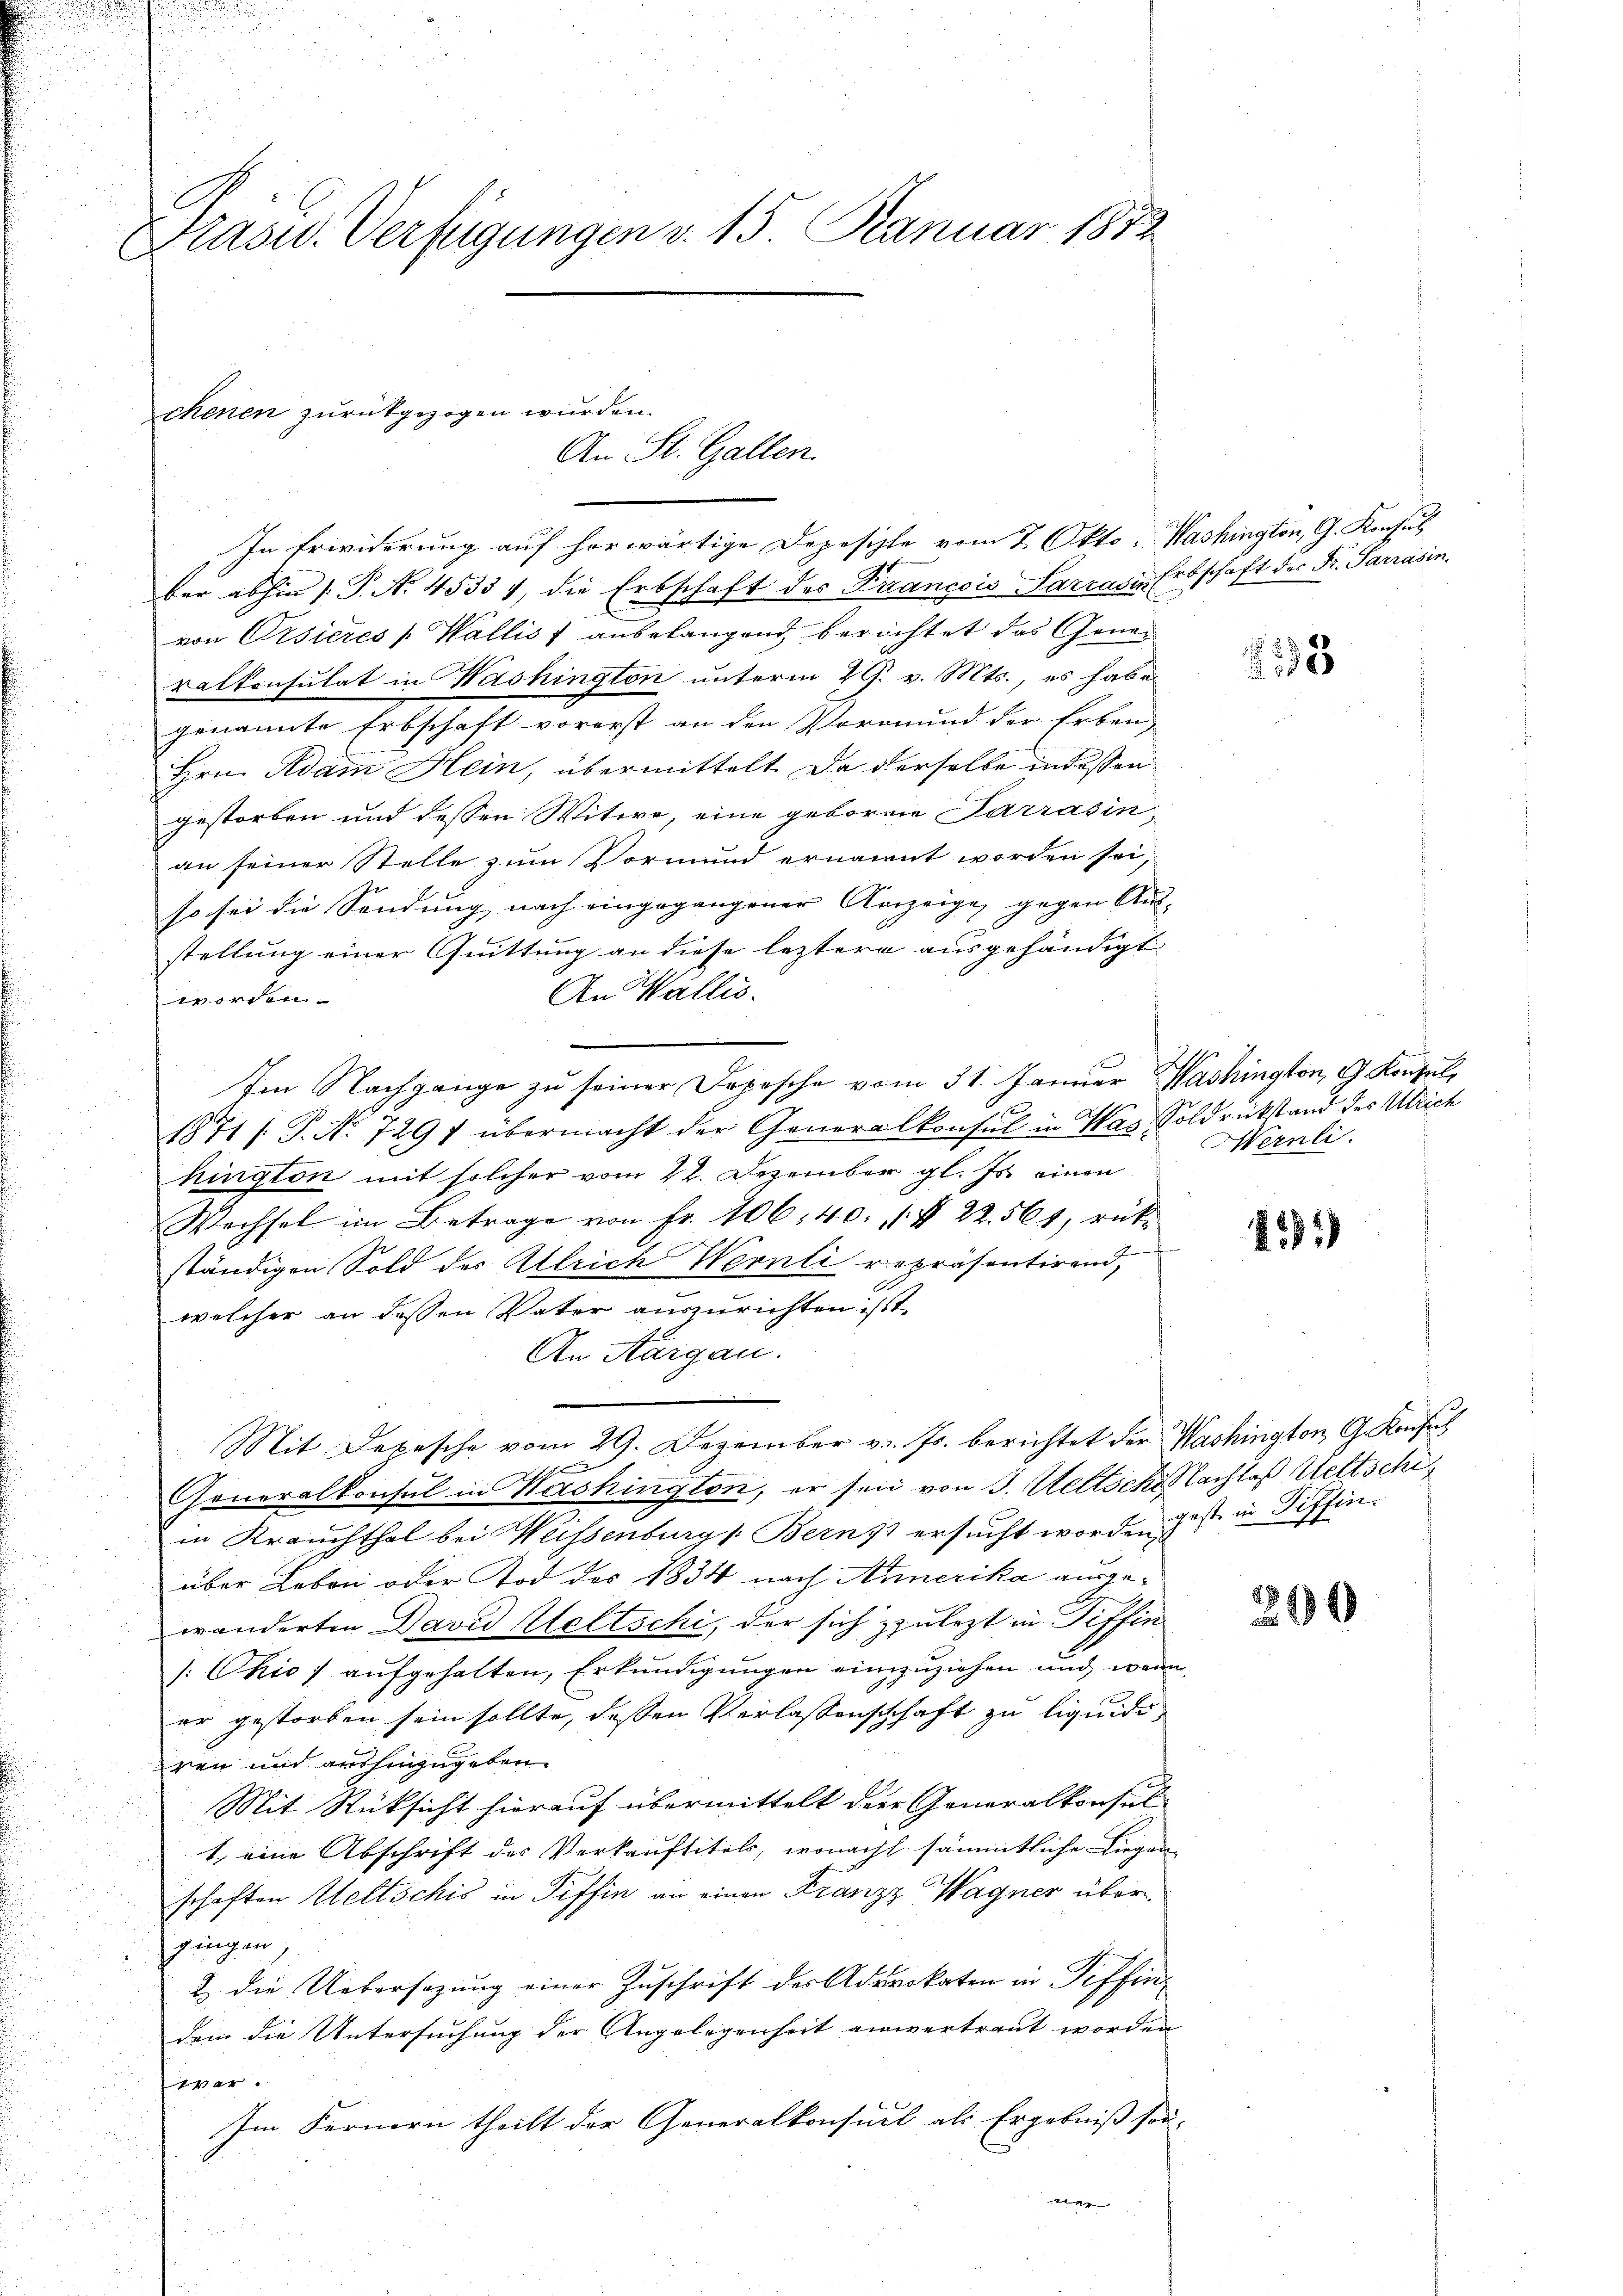
C
Präsid.. Verfügungen v. 15. Januar 1872

chenen zurückgezogen wurden.
An St. Gallen.

In Erwiderung auf herwärtige Deposizle vom 7. Okto. Washington, G. Konsul
ber abhin 1. P. N. 45334, die Erbschaft des François Sarravi Erbschaft der Fr. Sarrasin.
von Ersieres Wallis auslängend berichtet das Genei
ralkonsulat in Washington unterm 29. v. Mts., es habe
genannte Erbschaft vorerst an den Vormund der Erben
Hrn. Adam Hein, übermittelt. Da derselbe in dessen
gestorben und dessen Witwe, eine geboren Parrasin
an seiner Stelle zum Vormund ernannt worden sei,
so sei die Sendung nach eingegangener Anzeige, gegen Aus-
stellung einer Quittung an diese leztere ausgehändigt
An Wallis.
tvorten |
Im Nachgange zŭ seiner Dopesche vom 31. Januar Washington, 9 Konsul,
1871 /: P. Nr. 7291 übermacht der Generalkonsul in Was Soldrückstand des Ulrich
hington mit solcher vom 22. Dezember gl. Js. einen
Wechsel im Betrage von Fr. 206. 40. § 22. 561, rükständigen Sold des Alleich Wernli repräsentirend,
welcher an dessen Vater auszurichten ist.
An Kargau.
Mit Depesche vom 29. Dezember v. Js. berichtet der Washington, G. Konsul
Generalkonsul in Washington, er sein von J. Weltsche Nachlaß Wettschi
in Krauchthal bei Weissenburg 1. Bernst ersucht worden ist in Diffinüber Leben oder Tod des 1834 nach Anerika ausgewänderten David Weltschi, der sich zulezt in Diffin¬
[: Ckio / aufgehalten, Erkundigungen einzuziehen und wenn
er gestorben sein sollte, dessen Verlassenschhaft zu liquidiren und aushinzugeben.
Mit Rücksicht hierauf übermittelt der Generalkonsul-
1. eine Abschrift des Verkauftitels, wonacht sämmtliche Liegen-
schaften Weltschis in Tiffin an einen Franzz Wagner über
gingen,
2 die Uebersezung einer Zuschrift des Adurokaten in Diffindem die Untersuchung der Angelegenheit anvertraut worden
wer.
Im Fernern theilt der Generalkonsuch als Ergebniß so-

238

Hernli.

11

240